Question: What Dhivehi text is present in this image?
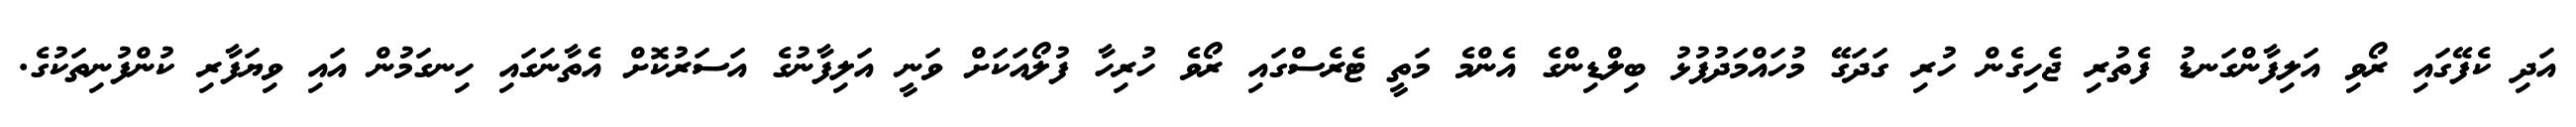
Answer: އަދި ކެފޭގައި ރޯވި އަލިފާންގަނޑު ފެތުރި ޖެހިގެން ހުރި ގަދަގޭ މުހައްމަދުފުޅު ބިލްޑިންގެ އެންމެ މަތީ ޓެރެސްގައި ރޯވެ ހުރިހާ ފުލޯއަކަށް ވަނީ އަލިފާނުގެ އަސަރުކޮށް އެތާނަގައި ހިނގަމުން އައި ވިޔަފާރި ކުންފުނިތަކުގެ.